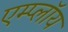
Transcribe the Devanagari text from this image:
एम्प्लॉय